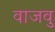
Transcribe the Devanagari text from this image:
वाजवु